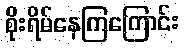
စိုးရိမ်နေကြကြောင်း